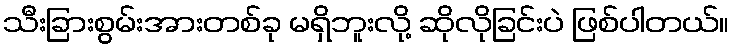
သီးခြားစွမ်းအားတစ်ခု မရှိဘူးလို့ ဆိုလိုခြင်းပဲ ဖြစ်ပါတယ်။